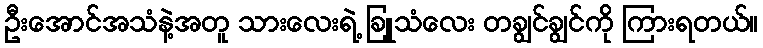
ဦးအောင်အသံနဲ့အတူ သားလေးရဲ့ ခြူသံလေး တချွင်ချွင်ကို ကြားရတယ်။